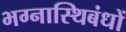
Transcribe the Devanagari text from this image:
भग्नास्थिबंधों